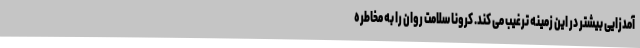
آمدزایی بیشتر در این زمینه ترغیب می کند. کرونا سلامت روان را به مخاطره